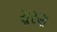
સૂરણ